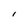
Character: l